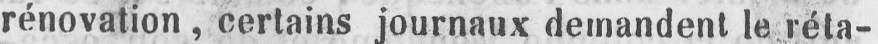
rénovation, certains journaux demandent le réta-